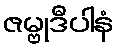
ဇမ္ဗုဒီပါနံ